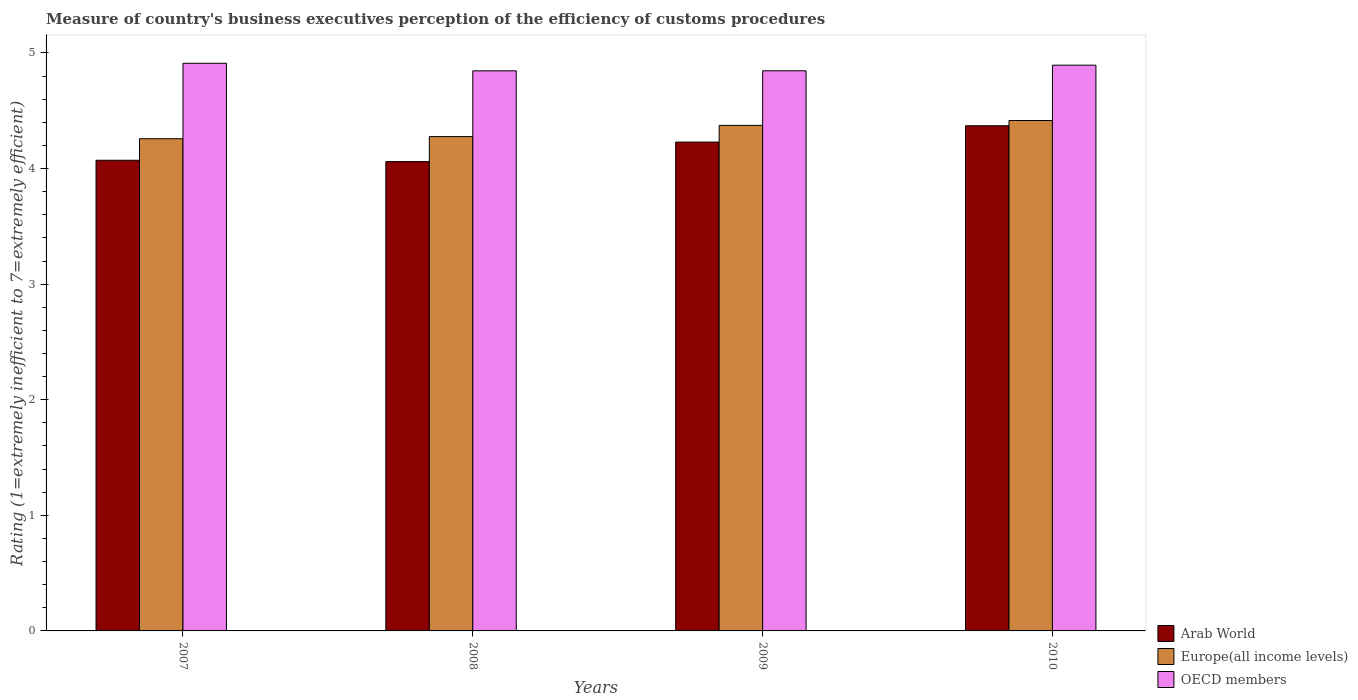
| Years | Arab World | Europe(all income levels) | OECD members |
 | --- | --- | --- | --- |
 | 2007 | 4.07 | 4.26 | 4.91 |
 | 2008 | 4.06 | 4.28 | 4.85 |
 | 2009 | 4.23 | 4.37 | 4.85 |
 | 2010 | 4.37 | 4.42 | 4.89 |